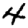
Digit: 4